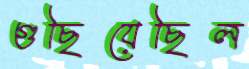
গুছিয়েছিল